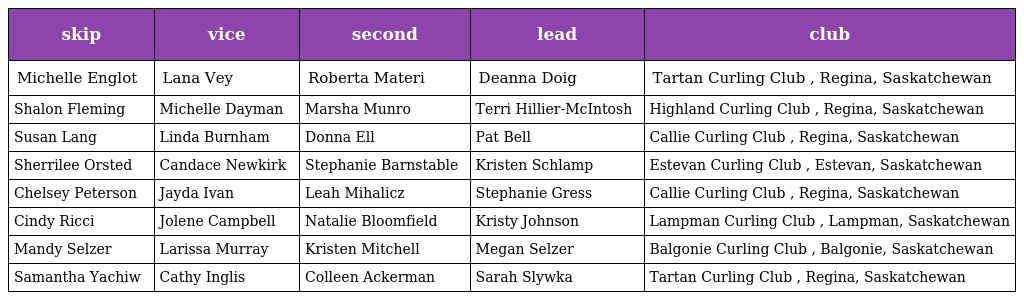
| skip | vice | second | lead | club |
 | --- | --- | --- | --- | --- |
 | Michelle Englot | Lana Vey | Roberta Materi | Deanna Doig | Tartan Curling Club , Regina, Saskatchewan |
 | Shalon Fleming | Michelle Dayman | Marsha Munro | Terri Hillier-McIntosh | Highland Curling Club , Regina, Saskatchewan |
 | Susan Lang | Linda Burnham | Donna Ell | Pat Bell | Callie Curling Club , Regina, Saskatchewan |
 | Sherrilee Orsted | Candace Newkirk | Stephanie Barnstable | Kristen Schlamp | Estevan Curling Club , Estevan, Saskatchewan |
 | Chelsey Peterson | Jayda Ivan | Leah Mihalicz | Stephanie Gress | Callie Curling Club , Regina, Saskatchewan |
 | Cindy Ricci | Jolene Campbell | Natalie Bloomfield | Kristy Johnson | Lampman Curling Club , Lampman, Saskatchewan |
 | Mandy Selzer | Larissa Murray | Kristen Mitchell | Megan Selzer | Balgonie Curling Club , Balgonie, Saskatchewan |
 | Samantha Yachiw | Cathy Inglis | Colleen Ackerman | Sarah Slywka | Tartan Curling Club , Regina, Saskatchewan |